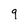
Character: 9